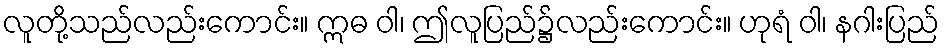
လူတို့သည်လည်းကောင်း။ ဣဓ ဝါ၊ ဤလူပြည်၌လည်းကောင်း။ ဟုရံ ဝါ၊ နဂါးပြည်